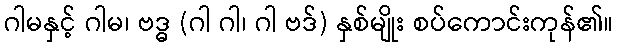
ဂါမနှင့် ဂါမ၊ ဗဒ္ဓ (ဂါ ဂါ၊ ဂါ ဗဒ်) နှစ်မျိုး စပ်ကောင်းကုန်၏။